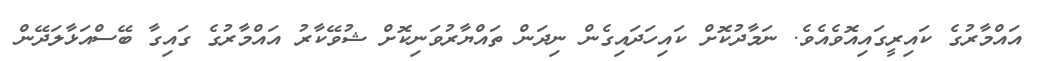
އައްމާރުގެ ކައިރީގައިއޮވެއެވެ. ނަމާދުކޮށް ކައިހަދައިގެން ނިދަން ތައްޔާރުވަނިކޮށް ޝުވޭކާރު އައްމާރުގެ ގައިގާ ބޭސްއަޅާލަދޭން